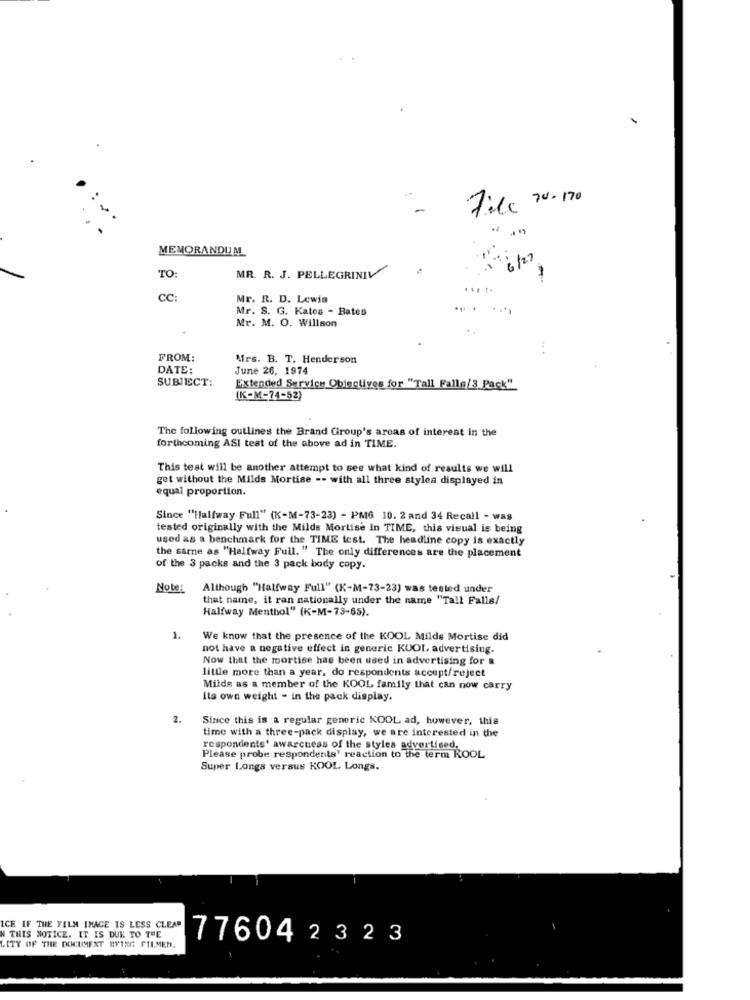
File 20.170
-
..
MEMORANDUM
6/27
TO:
MR. R. J. PELLEGRINIV
1
CC:
Mr. R. D. Lewis
Mr. S. G. Kates - Bates
Mr. M. O. Willson
FROM:
Mrs. B. T. Henderson
DATE:
June 26, 1974
SUBJECT:
Extended Survice Objectives for "Tall Falls/3 Pack"
(K-M-74-52)
The following outlines the Brand Group's areas of interest in the
forthcoming ASI test of the above ad in TIME.
This test will be another attempt to see what kind of results we will
get without the Milds Mortise -- with all three styles displayed in
equal proportion.
Since "Halfway Full" (K-M-73-23) - PM6 10. 2 and 34 Recall - was
tested originally with the Milds Mortise in TIME, this visual is being
used as a benchmark for the TIME test. The headline copy is exactly
the same as "Halfway Full. " The only differences are the placement
of the 3 packs and the 3 pack body copy.
Note:
Although "Halfway Full" (K-M-73-23) was tested under
that name, it ran nationally under the name "Tall Falls/
Halfway Menthol" (K-M-73-65).
1.
We know that the presence of the KOOL Milds Mortise did
not have a negative effect in generic KUOL, advertising.
Now that the mortise has been used in advertising for a
little more than a year, do respondents accept/reject
Milds as a member of the KOOL family that can now carry
its own weight - in the pack display.
2.
Since this is a regular generic KOOL ad, however, this
time with a three-pack display, we are interested in the
respondents' awareness of the styles advertised.
Please probe respondents' reaction to the term ROOL
Super Longs versus KOOL Longs.
ICE IF THE FILM IMAGE IS LESS CLEAR
N THIS NOTICE. IT IS DUE TO THE
776042 323
LITY OF THE DOCUMENT EVTEG FILMED.